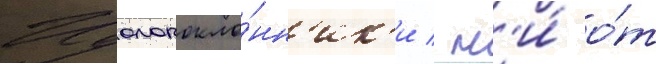
Идолопокло́нн'ик'и / н'и́ о́т